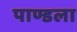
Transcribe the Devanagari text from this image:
पाण्डला